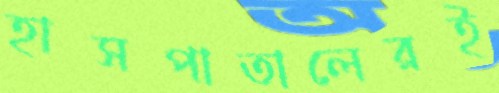
হাসপাতালেরই